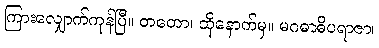
ကြားလျှောက်ကုန်ပြီ။ တတော၊ ထိုနောက်မှ။ မဂဓာဓိပရာဇာ၊